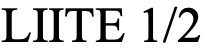
LIITE 1/2